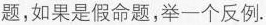
如果是假命题，举一个反例.